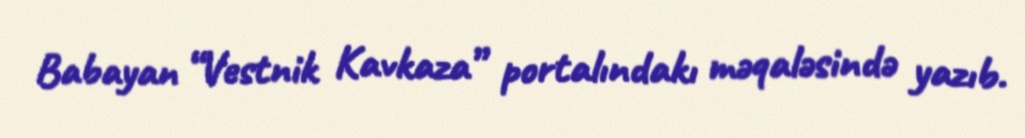
Babayan “Vestnik Kavkaza” portalındakı məqaləsində yazıb.